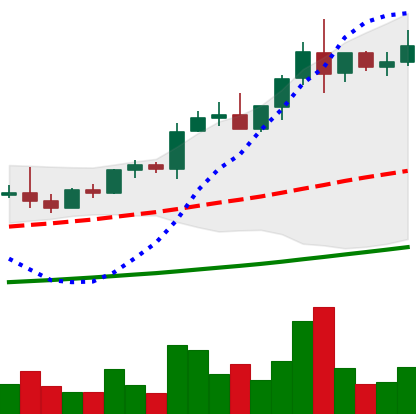
Ticker: NEO-USD
Chart end date: 2021-04-11
Forward return: 36.227%
Label: up_7plus